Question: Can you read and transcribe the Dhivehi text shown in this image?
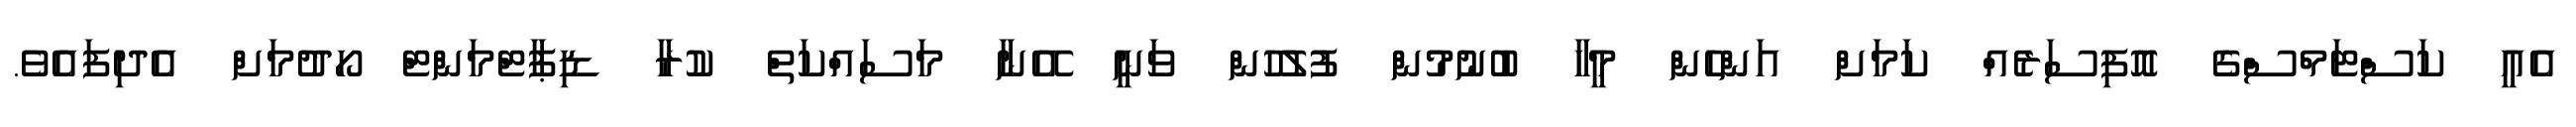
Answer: އެއީ ކަސްޓަމްސްގެ އޮފިސަރެއް ކަމަށް އަންހެން މީހާ ބުނުމުން ފުލުހުން ވަނީ އޭނާ މަސައްކަތް ކުރާ ޑިޕާޓްމަންޓް ހޯދުމަށް އެދިފައެވެ.